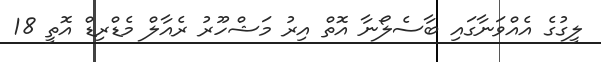
ލީގުގެ އެއްވަނާގައި ބާސެލޯނާ އޮތް އިރު މަޝްހޫރު ރެއާލް މެޑްރިޑް އޮތީ 18